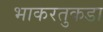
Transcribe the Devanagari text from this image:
भाकरतुकडा